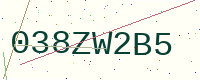
Text: 038ZW2B5